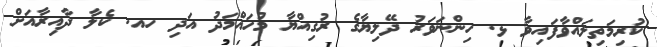
ކުރިމަތިލައްވާފައިވާ ޅ. ހިންނަވަރު ދޭލިޔާގެ ރުގިއްޔާ މުހައްމަދު އަދި ހއ. ކެލާ ދާއިރާއަށް